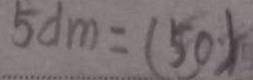
5 d m = ( 5 0 )